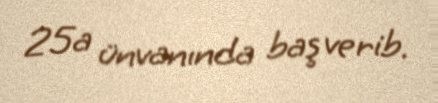
25a ünvanında baş verib.